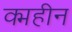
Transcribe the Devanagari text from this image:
क्महीन